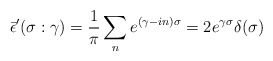
\begin{align*} \bar{\epsilon}'(\sigma:\gamma)=\frac{1}{\pi}\sum _{n}e^{(\gamma-in)\sigma}=2e^{\gamma\sigma}\delta(\sigma)\end{align*}